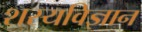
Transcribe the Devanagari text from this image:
शस्यविज्ञान